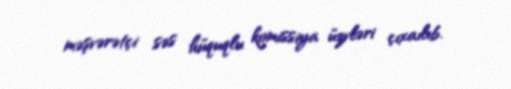
məşvərətçi səs hüquqlu komissiya üzvləri çıxaılıb.